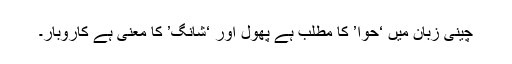
چینی زبان میں ‘حوا’ کا مطلب ہے پھول اور ‘شانگ’ کا معنی ہے کاروبار۔